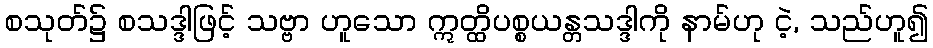
စသုတ်၌ စသဒ္ဒါဖြင့် သဗ္ဗာ ဟူသော ဣတ္ထိပစ္စယန္တသဒ္ဒါကို နာမ်ဟု ငဲ့, သည်ဟူ၍